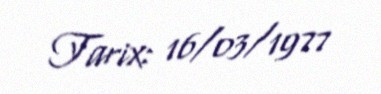
Tarix: 16/03/1977